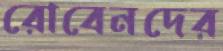
রোবেনদের